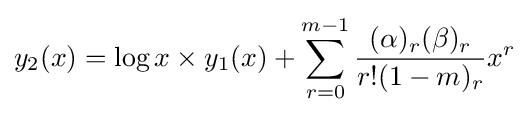
y_{2}(x)=\log x\times y_{1}(x)+\sum _{r=0}^{m-1}{\frac {(\alpha )_{r}(\beta )_{r}}{r!(1-m)_{r}}}x^{r}